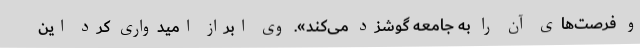
و فرصت‌های آن را به جامعه گوشزد می‌کند». وی ابراز امیدواری کرد این